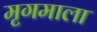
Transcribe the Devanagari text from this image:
मृगमाला